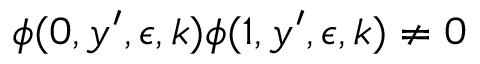
\phi ( 0 , y ^ { \prime } , \epsilon , k ) \phi ( 1 , y ^ { \prime } , \epsilon , k ) \neq 0